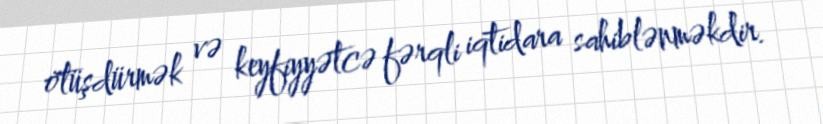
ötüşdürmək və keyfiyyətcə fərqli iqtidara sahiblənməkdir.